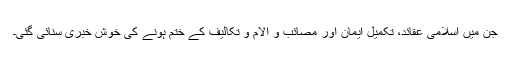
جن میں اسلامی عقائد، تکمیل ایمان اور مصائب و آلام و تکالیف کے ختم ہونے کی خوش خبری سنائی گئی۔